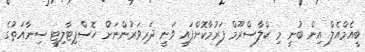
ބީއެމްއެލް އިން ބުނީ މި ކްލާސްރޫމް ފަރުމާކޮށްފައި ވަނީ ދަރިވަރުންނަށް ހޮސްޕިޓާލިޓީ ސިނާއަތުގެ